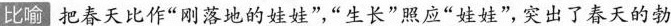
比喻把春天比作“刚落地的娃娃”“生长”照应“娃娃”,突出了春天的勃